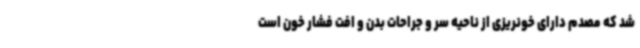
شد که مصدم دارای خونریزی از ناحیه سر و جراحات بدن و افت فشار خون است